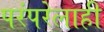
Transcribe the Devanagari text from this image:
परंपरेलाही